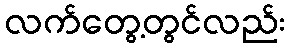
လက်တွေ့တွင်လည်း